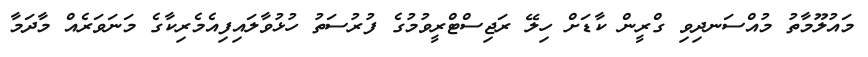
މައުލޫމާތު މުއްސަނދިވި ގްރީން ކާޑަށް ހިލޭ ރަޖިސްޓްރީވުމުގެ ފުރުސަތު ހުޅުވާލައިފިއެމެރިކާގެ މަނަވަރެއް މާދަމާ